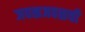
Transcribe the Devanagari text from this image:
जवळजवळची